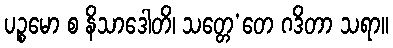
ပဉ္စမော စ နိသာဒေါတိ၊ သတ္တေ’တေ ဂဒိတာ သရာ။